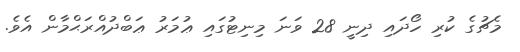
މެޗުގެ ކުރި ހޯދައި ދިނީ 28 ވަނަ މިނިޓުގައި ޢުމަރު ޢަބްދުއްރަޙްމާން އެވެ.